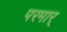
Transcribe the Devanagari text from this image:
परमार्